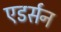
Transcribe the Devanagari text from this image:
एडर्सन